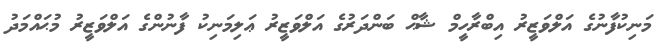
މަނިކުފާނުގެ އަލްވަޒީރު އިބްރާހީމް ޝާޙް ބަންދަރުގެ އަލްވަޒީރު ޢަލިމަނިކު ފާނުންގެ އަލްވަޒީރު މުޙައްމަދު